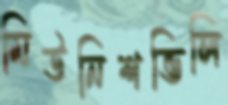
মিউনিশভিলি